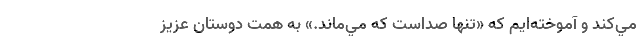
مي‌كند و آموخته‌ايم كه «تنها صداست كه مي‌ماند.» به همت دوستان عزيز